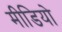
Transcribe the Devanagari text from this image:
मीडियो